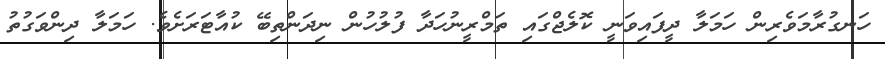
ހަނގުރާމަވެރިން ހަމަލާ ދީފައިވަނީ ކޮލެޖްގައި ތަމްރީނުހަދާ ފުލުހުން ނިދަންތިބޭ ކުއާޓަރަށެވެ. ހަމަލާ ދިންވަގުތު